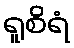
ရူစိရံ